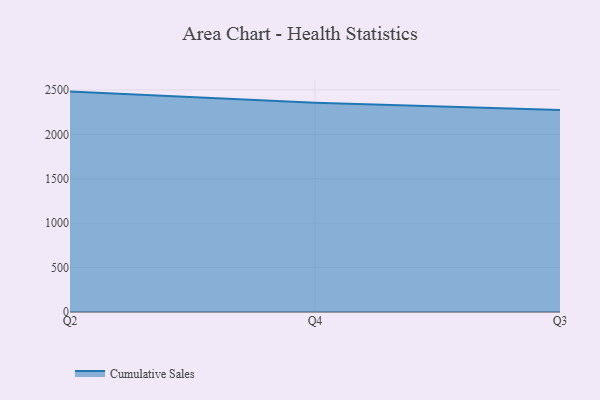
{"axis": {"x": "Quarter", "y": "Revenue (USD Million)"}, "legend": ["Cumulative Sales"], "data": [{"x": "Q2", "y": 2480.8, "type": "Cumulative Sales"}, {"x": "Q4", "y": 2355.2, "type": "Cumulative Sales"}, {"x": "Q3", "y": 2273.8, "type": "Cumulative Sales"}]}